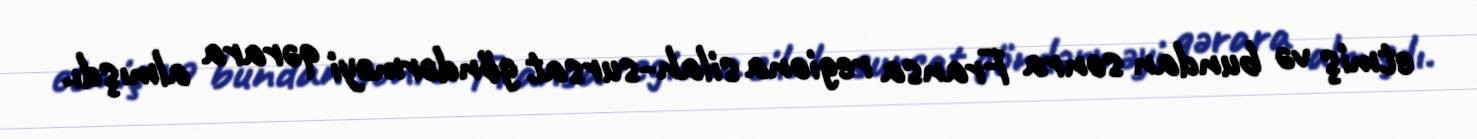
etmiş və bundan sonra Fransa regiona silah-sursat göndərməyi qərara almışdı.